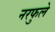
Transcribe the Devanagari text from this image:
नरफुले